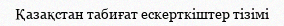
Қазақстан табиғат ескерткіштер тізімі